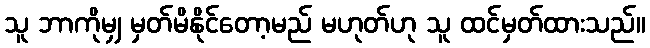
သူ ဘာကိုမျှ မှတ်မိနိုင်တော့မည် မဟုတ်ဟု သူ ထင်မှတ်ထားသည်။